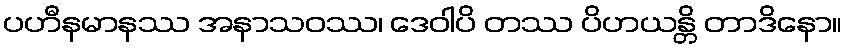
ပဟီနမာနဿ အနာသဝဿ၊ ဒေဝါပိ တဿ ပိဟယန္တိ တာဒိနော။